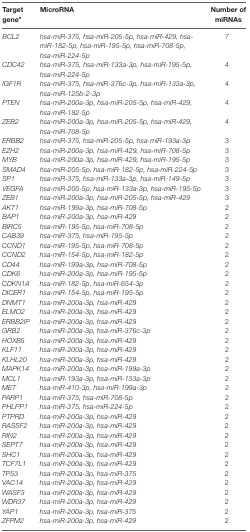
<table><thead><tr><td><b>Target gene<sup>a</sup></b></td><td><b>MicroRNA</b></td><td><b>Number of miRNAs</b></td></tr></thead><tbody><tr><td><i>BCL2</i></td><td><i>hsa-miR-375, hsa-miR-205-5p, hsa-miR-429, hsa-miR-182-5p, hsa-miR-195-5p, hsa-miR-708-5p, hsa-miR-224-5p</i></td><td>7</td></tr><tr><td><i>CDC42</i></td><td><i>hsa-miR-375, hsa-miR-133a-3p, hsa-miR-195-5p, hsa-miR-224-5p</i></td><td>4</td></tr><tr><td><i>IGF1R</i></td><td><i>hsa-miR-375, hsa-miR-376c-3p, hsa-miR-133a-3p, hsa-miR-125b-2-3p</i></td><td>4</td></tr><tr><td><i>PTEN</i></td><td><i>hsa-miR-200a-3p, hsa-miR-205-5p, hsa-miR-429, hsa-miR-182-5p</i></td><td>4</td></tr><tr><td><i>ZEB2</i></td><td><i>hsa-miR-200a-3p, hsa-miR-205-5p, hsa-miR-429, hsa-miR-708-5p</i></td><td>4</td></tr><tr><td><i>ERBB2</i></td><td><i>hsa-miR-375, hsa-miR-205-5p, hsa-miR-193a-3p</i></td><td>3</td></tr><tr><td><i>EZH2</i></td><td><i>hsa-miR-200a-3p, hsa-miR-429, hsa-miR-708-5p</i></td><td>3</td></tr><tr><td><i>MYB</i></td><td><i>hsa-miR-200a-3p, hsa-miR-429, hsa-miR-195-5p</i></td><td>3</td></tr><tr><td><i>SMAD4</i></td><td><i>hsa-miR-205-5p, hsa-miR-182-5p, hsa-miR-224-5p</i></td><td>3</td></tr><tr><td><i>SP1</i></td><td><i>hsa-miR-375, hsa-miR-133a-3p, hsa-miR-149-5p</i></td><td>3</td></tr><tr><td><i>VEGFA</i></td><td><i>hsa-miR-205-5p, hsa-miR-133a-3p, hsa-miR-195-5p</i></td><td>3</td></tr><tr><td><i>ZEB1</i></td><td><i>hsa-miR-200a-3p, hsa-miR-205-5p, hsa-miR-429</i></td><td>3</td></tr><tr><td><i>AKT1</i></td><td><i>hsa-miR-199a-3p, hsa-miR-708-5p</i></td><td>2</td></tr><tr><td><i>BAP1</i></td><td><i>hsa-miR-200a-3p, hsa-miR-429</i></td><td>2</td></tr><tr><td><i>BIRC5</i></td><td><i>hsa-miR-195-5p, hsa-miR-708-5p</i></td><td>2</td></tr><tr><td><i>CAB39</i></td><td><i>hsa-miR-375, hsa-miR-195-5p</i></td><td>2</td></tr><tr><td><i>CCND1</i></td><td><i>hsa-miR-195-5p, hsa-miR-708-5p</i></td><td>2</td></tr><tr><td><i>CCND2</i></td><td><i>hsa-miR-154-5p, hsa-miR-182-5p</i></td><td>2</td></tr><tr><td><i>CD44</i></td><td><i>hsa-miR-199a-3p, hsa-miR-708-5p</i></td><td>2</td></tr><tr><td><i>CDK6</i></td><td><i>hsa-miR-200a-3p, hsa-miR-195-5p</i></td><td>2</td></tr><tr><td><i>CDKN1A</i></td><td><i>hsa-miR-182-5p, hsa-miR-654-3p</i></td><td>2</td></tr><tr><td><i>DICER1</i></td><td><i>hsa-miR-154-5p, hsa-miR-195-5p</i></td><td>2</td></tr><tr><td><i>DNMT1</i></td><td><i>hsa-miR-200a-3p, hsa-miR-429</i></td><td>2</td></tr><tr><td><i>ELMO2</i></td><td><i>hsa-miR-200a-3p, hsa-miR-429</i></td><td>2</td></tr><tr><td><i>ERBB2IP</i></td><td><i>hsa-miR-200a-3p, hsa-miR-429</i></td><td>2</td></tr><tr><td><i>GRB2</i></td><td><i>hsa-miR-200a-3p, hsa-miR-376c-3p</i></td><td>2</td></tr><tr><td><i>HOXB5</i></td><td><i>hsa-miR-200a-3p, hsa-miR-429</i></td><td>2</td></tr><tr><td><i>KLF11</i></td><td><i>hsa-miR-200a-3p, hsa-miR-429</i></td><td>2</td></tr><tr><td><i>KLHL20</i></td><td><i>hsa-miR-200a-3p, hsa-miR-429</i></td><td>2</td></tr><tr><td><i>MAPK14</i></td><td><i>hsa-miR-200a-3p, hsa-miR-199a-3p</i></td><td>2</td></tr><tr><td><i>MCL1</i></td><td><i>hsa-miR-193a-3p, hsa-miR-133a-3p</i></td><td>2</td></tr><tr><td><i>MET</i></td><td><i>hsa-miR-410-3p, hsa-miR-199a-3p</i></td><td>2</td></tr><tr><td><i>PARP1</i></td><td><i>hsa-miR-375, hsa-miR-708-5p</i></td><td>2</td></tr><tr><td><i>PHLPP1</i></td><td><i>hsa-miR-375, hsa-miR-224-5p</i></td><td>2</td></tr><tr><td><i>PTPRD</i></td><td><i>hsa-miR-200a-3p, hsa-miR-429</i></td><td>2</td></tr><tr><td><i>RASSF2</i></td><td><i>hsa-miR-200a-3p, hsa-miR-429</i></td><td>2</td></tr><tr><td><i>RIN2</i></td><td><i>hsa-miR-200a-3p, hsa-miR-429</i></td><td>2</td></tr><tr><td><i>SEPT7</i></td><td><i>hsa-miR-200a-3p, hsa-miR-429</i></td><td>2</td></tr><tr><td><i>SHC1</i></td><td><i>hsa-miR-200a-3p, hsa-miR-429</i></td><td>2</td></tr><tr><td><i>TCF7L1</i></td><td><i>hsa-miR-200a-3p, hsa-miR-429</i></td><td>2</td></tr><tr><td><i>TP53</i></td><td><i>hsa-miR-200a-3p, hsa-miR-375</i></td><td>2</td></tr><tr><td><i>VAC14</i></td><td><i>hsa-miR-200a-3p, hsa-miR-429</i></td><td>2</td></tr><tr><td><i>WASF3</i></td><td><i>hsa-miR-200a-3p, hsa-miR-429</i></td><td>2</td></tr><tr><td><i>WDR37</i></td><td><i>hsa-miR-200a-3p, hsa-miR-429</i></td><td>2</td></tr><tr><td><i>YAP1</i></td><td><i>hsa-miR-200a-3p, hsa-miR-375</i></td><td>2</td></tr><tr><td><i>ZFPM2</i></td><td><i>hsa-miR-200a-3p, hsa-miR-429</i></td><td>2</td></tr></tbody></table>